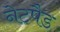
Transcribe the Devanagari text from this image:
नेटपैड